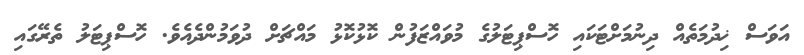
އަވަސް ޚިދުމަތެއް ދިނުމަށްޓަކައި ހޮސްޕިޓަލުގެ މުވައްޒަފުން ކޮޅުކޮޅު މައްޗަށް ދުވަމުންދެއެވެ. ހޮސްޕިޓަލު ތެރޭގައި